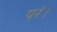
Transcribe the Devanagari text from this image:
परं।